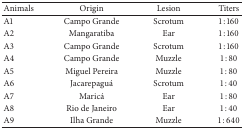
<table><thead><tr><td><b>Animals</b></td><td><b>Origin</b></td><td><b>Lesion</b></td><td><b>Titers</b></td></tr></thead><tbody><tr><td>A1</td><td>Campo Grande</td><td>Scrotum</td><td>1 : 160</td></tr><tr><td>A2</td><td>Mangaratiba</td><td>Ear</td><td>1 : 160</td></tr><tr><td>A3</td><td>Campo Grande</td><td>Scrotum</td><td>1 : 160</td></tr><tr><td>A4</td><td>Campo Grande</td><td>Muzzle</td><td>1 : 80</td></tr><tr><td>A5</td><td>Miguel Pereira</td><td>Muzzle</td><td>1 : 80</td></tr><tr><td>A6</td><td>Jacarepaguá</td><td>Scrotum</td><td>1 : 40</td></tr><tr><td>A7</td><td>Maricá</td><td>Ear</td><td>1 : 80</td></tr><tr><td>A8</td><td>Rio de Janeiro</td><td>Ear</td><td>1 : 40</td></tr><tr><td>A9</td><td>Ilha Grande</td><td>Muzzle</td><td>1 : 640</td></tr></tbody></table>